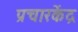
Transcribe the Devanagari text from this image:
प्रचारकेंद्र